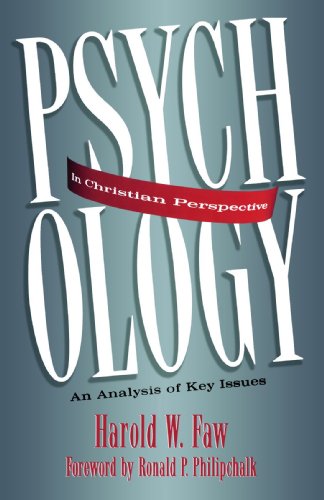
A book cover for Psychology in Christian Perspective: An Analysis of Key Issues; Harold Faw; Religion & Spirituality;